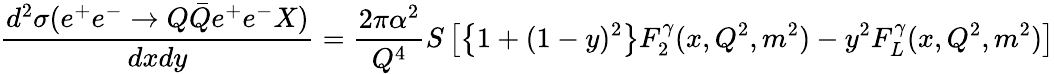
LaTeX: \frac{d^{2}\sigma(e^{+}e^{-}\rightarrow Q\bar{Q}e^{+}e^{-}X)}{dxdy}=\frac{2\pi\alpha^{2}}{Q^{4}}S\left[\left\{ 1+(1-y)^{2}\right\} F_{2}^{\gamma}(x,Q^{2},m^{2})-y^{2}F_{L}^{\gamma}(x,Q^{2},m^{2})\right]